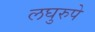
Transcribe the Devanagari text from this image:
लघुरुपे